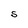
Character: S